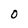
Character: 0